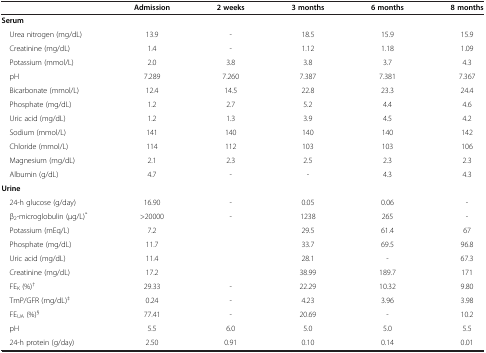
|  | Admission | 2 weeks | 3 months | 6 months | 8 months |
 | --- | --- | --- | --- | --- | --- |
 | Serum |  |  |  |  |  |
 | Urea nitrogen (mg/dL) | 13.9 | - | 18.5 | 15.9 | 15.9 |
 | Creatinine (mg/dL) | 1.4 | - | 1.12 | 1.18 | 1.09 |
 | Potassium (mmol/L) | 2.0 | 3.8 | 3.8 | 3.7 | 4.3 |
 | pH | 7.289 | 7.260 | 7.387 | 7.381 | 7.367 |
 | Bicarbonate (mmol/L) | 12.4 | 14.5 | 22.8 | 23.3 | 24.4 |
 | Phosphate (mg/dL) | 1.2 | 2.7 | 5.2 | 4.4 | 4.6 |
 | Uric acid (mg/dL) | 1.2 | 1.3 | 3.9 | 4.5 | 4.2 |
 | Sodium (mmol/L) | 141 | 140 | 140 | 140 | 142 |
 | Chloride (mmol/L) | 114 | 112 | 103 | 103 | 106 |
 | Magnesium (mg/dL) | 2.1 | 2.3 | 2.5 | 2.3 | 2.3 |
 | Albumin (g/dL) | 4.7 | - | - | 4.3 | 4.3 |
 | Urine |  |  |  |  |  |
 | 24-h glucose (g/day) | 16.90 | - | 0.05 | 0.06 | - |
 | β2-microglobulin (μg/L)* | >20000 | - | 1238 | 265 | - |
 | Potassium (mEq/L) | 7.2 |  | 29.5 | 61.4 | 67 |
 | Phosphate (mg/dL) | 11.7 |  | 33.7 | 69.5 | 96.8 |
 | Uric acid (mg/dL) | 11.4 |  | 28.1 | - | 67.3 |
 | Creatinine (mg/dL) | 17.2 |  | 38.99 | 189.7 | 171 |
 | FEK (%)† | 29.33 | - | 22.29 | 10.32 | 9.80 |
 | TmP/GFR (mg/dL)‡ | 0.24 | - | 4.23 | 3.96 | 3.98 |
 | FEUA (%)§ | 77.41 | - | 20.69 | - | 10.2 |
 | pH | 5.5 | 6.0 | 5.0 | 5.0 | 5.5 |
 | 24-h protein (g/day) | 2.50 | 0.91 | 0.10 | 0.14 | 0.01 |